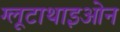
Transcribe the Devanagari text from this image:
ग्लूटाथाइओन